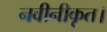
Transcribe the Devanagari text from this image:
नवीनीकृत।